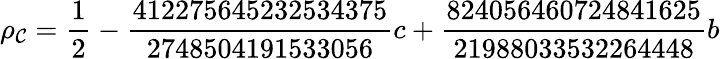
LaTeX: \rho_{\mathcal{C}}=\frac{{1}}{{2}}-\frac{{412275645232534375}}{{2748504191533056}}c+\frac{{824056460724841625}}{{21988033532264448}}b